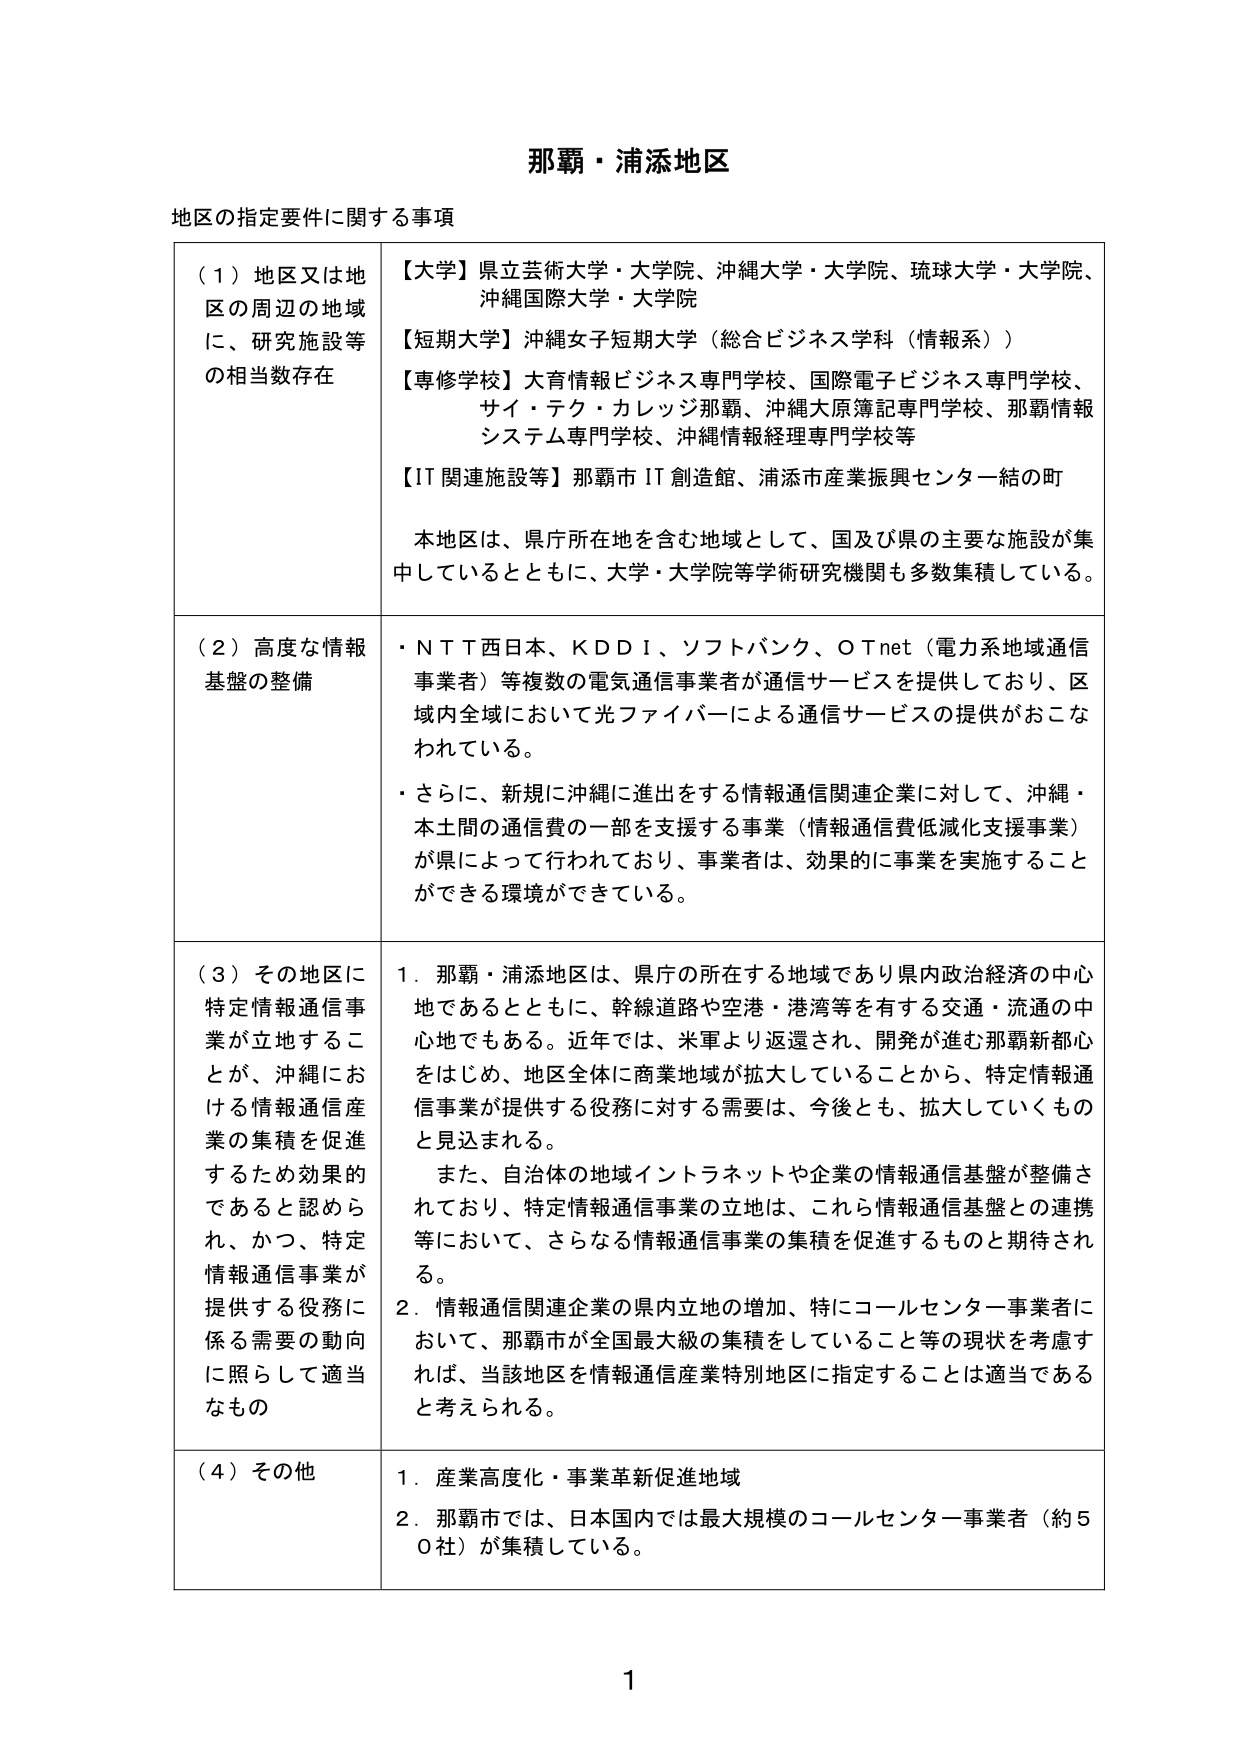
那覇・浦添地区

地区の指定要件に関する事項

（１）地区又は地区の周辺の地域に、研究施設等の相当数存在

【大学】県立芸術大学・大学院、沖縄大学・大学院、琉球大学・大学院、沖縄国際大学・大学院

【短期大学】沖縄女子短期大学（総合ビジネス学科（情報系））

【専修学校】大育情報ビジネス専門学校、国際電子ビジネス専門学校、サイ・テク・カレッジ那覇、沖縄大原簿記専門学校、那覇情報システム専門学校、沖縄情報経理専門学校等

【IT関連施設等】那覇市IT創造館、浦添市産業振興センター一結の町

本地区は、県庁所在地を含む地域として、国及び県の主要な施設が集中しているとともに、大学・大学院等学術研究機関も多数集積している。

（２）高度な情報基盤の整備

・NTT西日本、KDDI、ソフトバンク、OTnet（電力系地域通信事業者）等複数の電気通信事業者が通信サービスを提供しており、区域内全域において光ファイバーによる通信サービスの提供がおこなわれている。

・さらに、新規に沖縄に進出をする情報通信関連企業に対して、沖縄・本土間の通信費の一部を支援する事業（情報通信費低減化支援事業）が県によって行われており、事業者は、効果的に事業を実施することができる環境ができている。

（３）その地区に特定情報通信事業が立地することが、沖縄における情報通信産業の集積を促進するため効果的であると認められ、かつ、特定情報通信事業が提供する役務に係る需要の動向に照らして適当なもの

１．那覇・浦添地区は、県庁の所在する地域であり県内政治経済の中心地であるとともに、幹線道路や空港・港湾等を有する交通・流通の中心地でもある。近年では、米軍より返還され、開発が進む那覇新都心をはじめ、地区全体に商業地域が拡大していることから、特定情報通信事業が提供する役務に対する需要は、今後とも、拡大していくものと見込まれる。

また、自治体の地域インフラネットや企業の情報通信基盤が整備されており、特定情報通信事業の立地は、これら情報通信基盤との連携等において、さらなる情報通信事業の集積を促進するものと期待される。

２．情報通信関連企業の県内立地の増加、特にコールセンター事業者において、那覇市が全国最大級の集積をしていること等の現状を考慮すれば、当該地区を情報通信産業特別地区に指定することは適当であると考えられる。

（４）その他

１．産業高度化・事業革新促進地域

２．那覇市では、日本国内では最大規模のコールセンター事業者（約50社）が集積している。

1